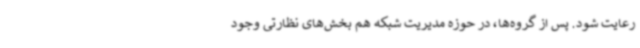
رعایت شود. پس از گروه‌ها، در حوزه مدیریت شبکه هم بخش‌های نظارتی وجود